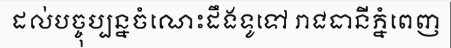
ដល់បច្ចុប្បន្នចំណេះដឹងទូទៅ រាជធានីភ្នំពេញ